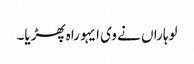
لوہاراں نے وی ایہو راہ پھڑیا۔